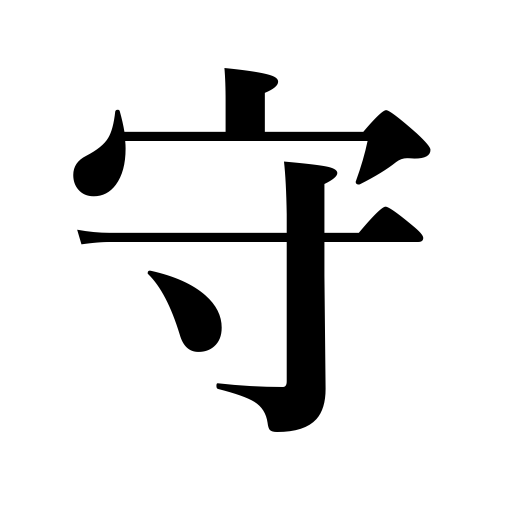
Meanings: obey,protect,defend,nursemaid,baby sitting,be true to,keep,baby sitter,observe,lighthouse keeper,abide by,stick to